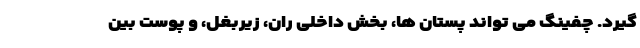
گیرد. چفینگ می تواند پستان ها، بخش داخلی ران، زیربغل، و پوست بین